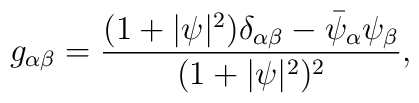
g_{\alpha\beta}=\frac{(1+\vert\psi\vert^2)\delta_{\alpha\beta}-\bar\psi_\alpha\psi_\beta}{(1+\vert\psi\vert^2)^2} ,